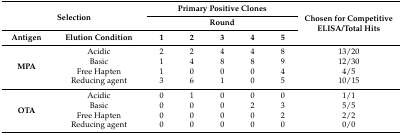
<table><thead><tr><td rowspan="2" colspan="2"><b>Selection</b></td><td colspan="5"><b>Primary Positive Clones</b></td><td rowspan="3"><b>Chosen for Competitive ELISA/Total Hits</b></td></tr><tr><td colspan="5"><b>Round</b></td></tr><tr><td><b>Antigen</b></td><td><b>Elution Condition</b></td><td><b>1</b></td><td><b>2</b></td><td><b>3</b></td><td><b>4</b></td><td><b>5</b></td></tr></thead><tbody><tr><td rowspan="4"><b>MPA</b></td><td>Acidic</td><td>2</td><td>2</td><td>4</td><td>4</td><td>8</td><td>13/20</td></tr><tr><td>Basic</td><td>1</td><td>4</td><td>8</td><td>8</td><td>9</td><td>12/30</td></tr><tr><td>Free Hapten</td><td>1</td><td>0</td><td>0</td><td>0</td><td>4</td><td>4/5</td></tr><tr><td>Reducing agent</td><td>3</td><td>6</td><td>1</td><td>0</td><td>5</td><td>10/15</td></tr><tr><td rowspan="4"><b>OTA</b></td><td>Acidic</td><td>0</td><td>1</td><td>0</td><td>0</td><td>0</td><td>1/1</td></tr><tr><td>Basic</td><td>0</td><td>0</td><td>0</td><td>2</td><td>3</td><td>5/5</td></tr><tr><td>Free Hapten</td><td>0</td><td>0</td><td>0</td><td>0</td><td>2</td><td>2/2</td></tr><tr><td>Reducing agent</td><td>0</td><td>0</td><td>0</td><td>0</td><td>0</td><td>0/0</td></tr></tbody></table>